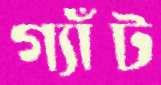
গ্যাঁট